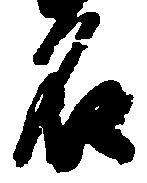
名